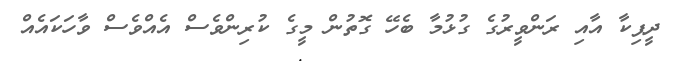
ދީޕިކާ އާއި ރަންވީރުގެ ގުޅުމާ ބެހޭ ގޮތުން މީގެ ކުރިންވެސް އެއްވެސް ވާހަކައެއް